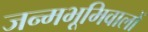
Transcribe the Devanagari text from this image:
जन्मभूमिवालों